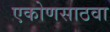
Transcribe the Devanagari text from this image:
एकोणसाठवा